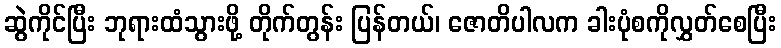
ဆွဲကိုင်ပြီး ဘုရားထံသွားဖို့ တိုက်တွန်း ပြန်တယ်၊ ဇောတိပါလက ခါးပုံစကိုလွှတ်စေပြီး